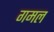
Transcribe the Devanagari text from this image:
गमल